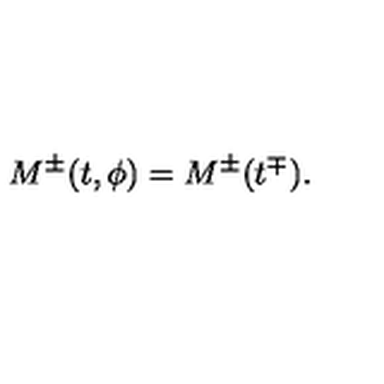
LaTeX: M ^ { \pm } ( t , \phi ) = M ^ { \pm } ( t ^ { \mp } ) .